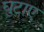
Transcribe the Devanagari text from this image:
घुटाए